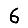
Digit: 6